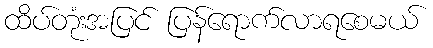
ထိပ်တုံးအပြင် ပြန်ရောက်လာရစေမယ်